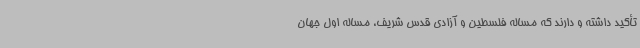
تأکید داشته و دارند که مساله فلسطین و آزادی قدس شریف، مساله اول جهان